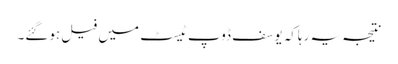
نتیجہ یہ رہاکہ یوسف ڈوپ ٹیسٹ میں فیل ہوگئے۔